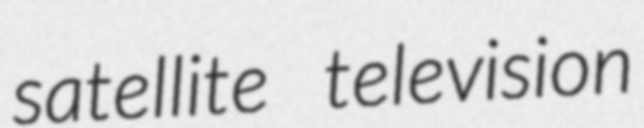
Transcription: satellite television